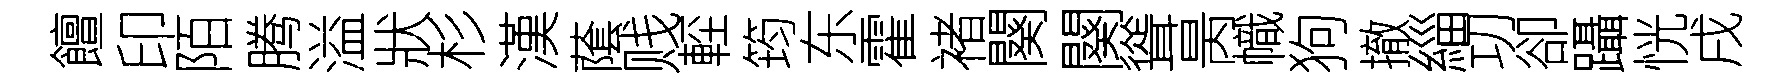
饘印陌腾溢狀杉漢䕃贱䡖筠东霍褚闋闋聳昺幟狗撤緇㓛卻躡恍戌